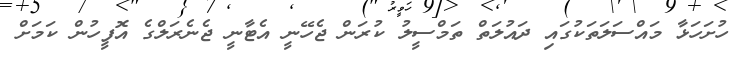
ހުށަހަޅާ މައްސަލަތަކުގައި ދައުލަތް ތަމްސީލު ކުރަން ޖެހޭނީ އެޓާނީ ޖެނެރަލްގެ އޮފީހުން ކަމަށް